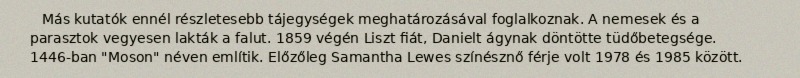
Más kutatók ennél részletesebb tájegységek meghatározásával foglalkoznak. A nemesek és a parasztok vegyesen lakták a falut. 1859 végén Liszt fiát, Danielt ágynak döntötte tüdőbetegsége. 1446-ban "Moson" néven említik. Előzőleg Samantha Lewes színésznő férje volt 1978 és 1985 között.